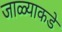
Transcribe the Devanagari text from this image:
जाळ्याकडे